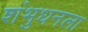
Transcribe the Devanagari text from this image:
शंभुधनला